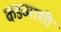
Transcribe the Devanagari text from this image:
कडव्याशी